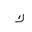
Letter: _kaf